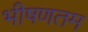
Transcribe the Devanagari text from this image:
भीषणतम